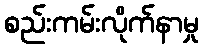
စည်းကမ်းလိုက်နာမှု